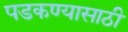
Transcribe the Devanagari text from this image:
पडकण्यासाठी